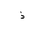
Letter: _thal